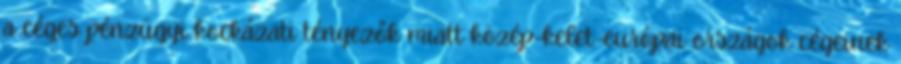
a céges pénzügyi kockázati tényezők miatt közép-kelet-európai országok cégeinek